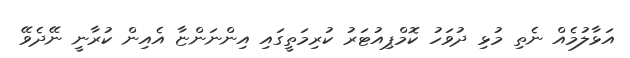
އަޅާލުމެއް ނެތި މުޅި ދުވަހު ކޮމްޕިއުޓަރު ކުރިމަތީގައި އިންނަންޏާ އެއިން ކުރާނީ ނޭދެވޭ